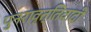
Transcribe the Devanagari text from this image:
पुनरावृत्तिवादी